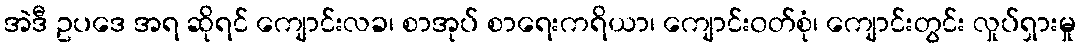
အဲဒီ ဥပဒေ အရ ဆိုရင် ကျောင်းလခ၊ စာအုပ် စာရေးကရိယာ၊ ကျောင်း၀တ်စုံ၊ ကျောင်းတွင်း လှုပ်ရှားမှု